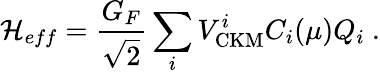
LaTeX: {\cal H}_{eff}=\frac{G_{F}}{\sqrt{2}}\sum_{i}V_{\mathrm{CKM}}^{i}C_{i}(\mu)Q_{i}~.